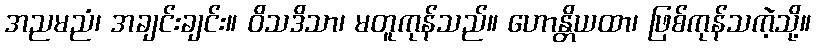
အညမညံ၊ အချင်းချင်း။ ဝိသဒိသာ၊ မတူကုန်သည်။ ဟောန္တိယထာ၊ ဖြစ်ကုန်သကဲ့သို့။